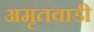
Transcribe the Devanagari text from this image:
अमृतवाडी